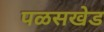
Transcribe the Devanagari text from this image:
पळसखेड